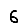
Digit: 6